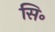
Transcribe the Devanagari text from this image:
सि॰